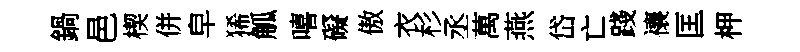
鍋邑楔併皁狶觚嘻礙傲衣杉丞萬燕岱亡踐禳匡柙